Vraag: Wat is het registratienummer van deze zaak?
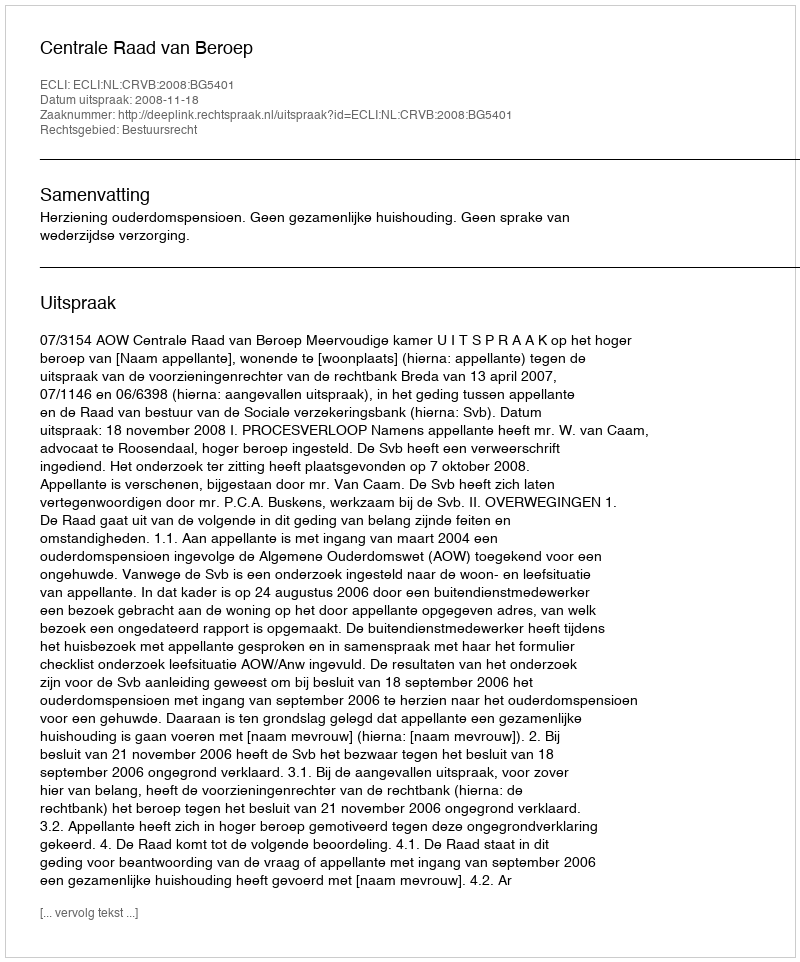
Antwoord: http://deeplink.rechtspraak.nl/uitspraak?id=ECLI:NL:CRVB:2008:BG5401